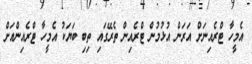
އެމީހާ ޓްރެއިނަށް އަރަން އުޅުމުން ޓްރެއިން ތެރޭގައި ތިބި ބަޔަކު އެމީހާ ޓްރެއިންއަށް